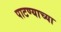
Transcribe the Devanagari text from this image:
पाटण्याच्या